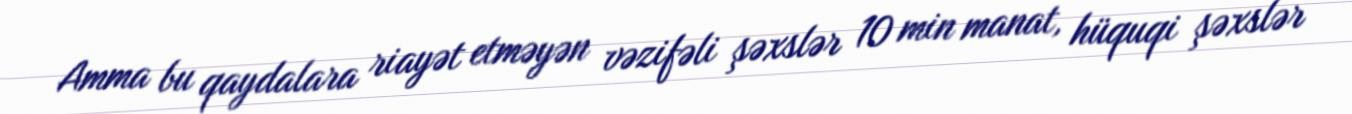
Amma bu qaydalara riayət etməyən vəzifəli şəxslər 10 min manat, hüquqi şəxslər